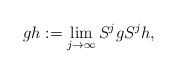
LaTeX: \begin{align*} gh:=\lim_{j\to\infty}S^j g S^j h, \end{align*}